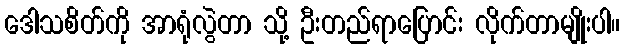
ဒေါသစိတ်ကို အာရုံလွဲတာ သို့ ဦးတည်ရာပြောင်း လိုက်တာမျိုးပါ။